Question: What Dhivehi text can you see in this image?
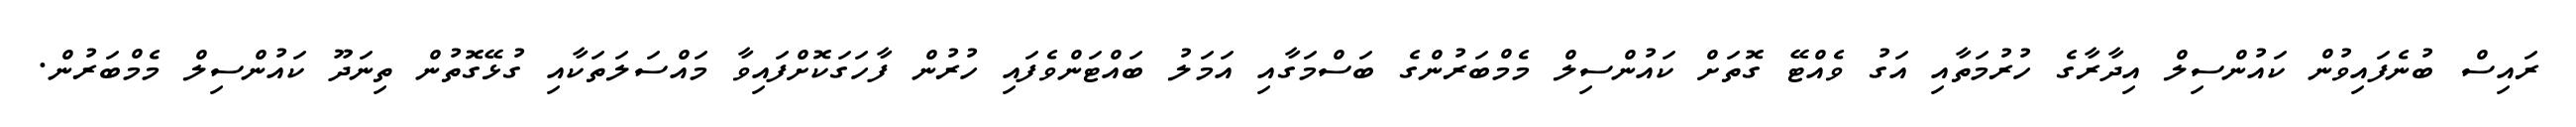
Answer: ރައިސް ބުނެފައިވުން ކައުންސިލް އިދާރާގެ ހުރުމަތާއި އަގު ވެއްޓޭ ގޮތަށް ކައުންސިލް މެމްބަރުންގެ ބަސްމަގާއި އަމަލު ބައްޓަންވެފައި ހުރުން ފާހަގަކޮށްފައިވާ މައްސަލަތަކާއި ގުޅޭގޮތުން ތިނަދޫ ކައުންސިލް މެމްބަރުން.